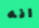
انه